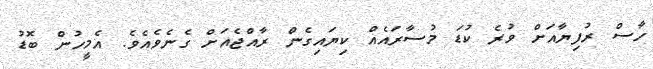
ހާސް ރުފިޔާއަށް ވުރެ ކުޑަ މުސާރައެއް ކިޔައިގެން ރާއްޖެއަށް ގެނެވެއެވެ. އެމީހުން ބޮޑު